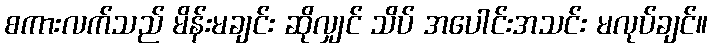
စကားလက်သည် မိန်းမချင်း ဆိုလျှင် သိပ် အပေါင်းအသင်း မလုပ်ချင်။